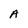
Character: A